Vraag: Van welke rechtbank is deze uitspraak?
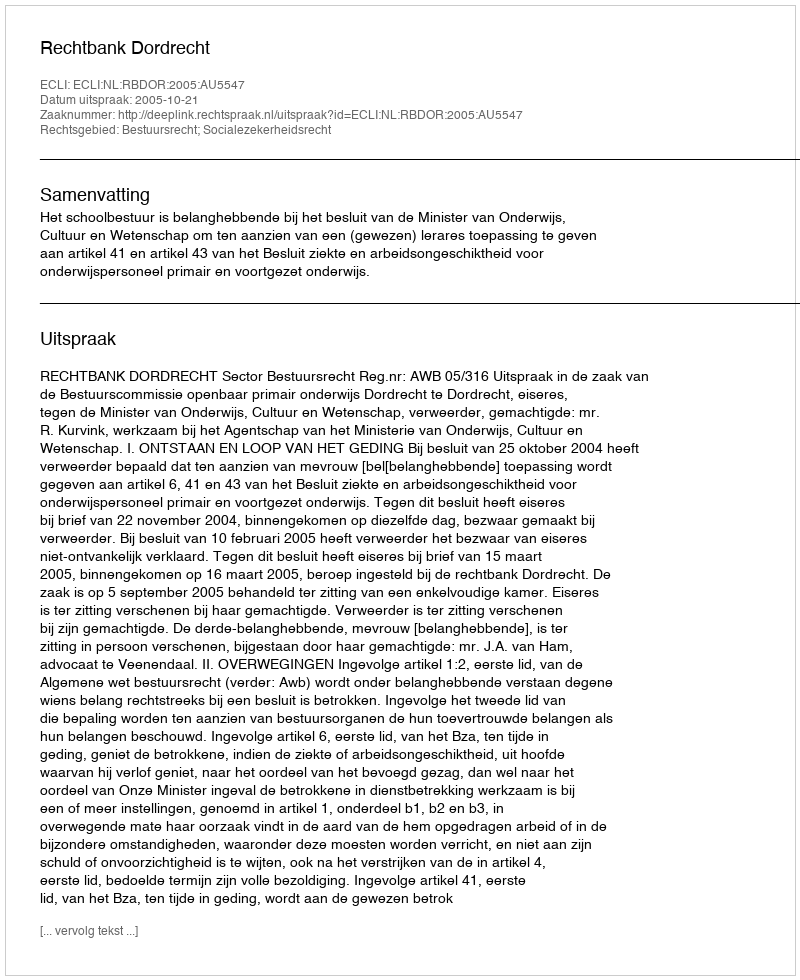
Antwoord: Rechtbank Dordrecht